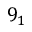
9 _ { 1 }